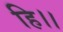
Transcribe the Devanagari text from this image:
हि।।